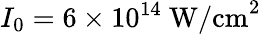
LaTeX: I_{0}=6\times 10^{14}~\textrm{W/cm}^{2}